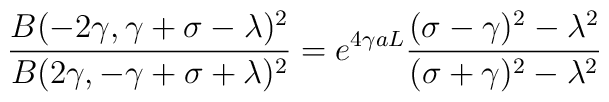
\frac{B(-2\gamma,\gamma+\sigma-\lambda)^2}{B(2\gamma,-\gamma+\sigma+\lambda)^2}=e^{4\gamma a L} \frac{(\sigma-\gamma)^2-\lambda^2}{(\sigma+\gamma)^2-\lambda^2}